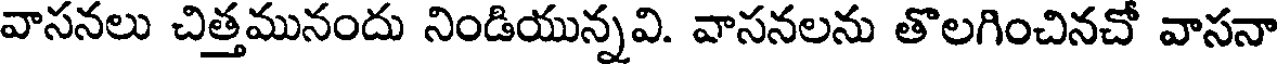
వాసనలు చిత్తమునందు నిండియున్నవి. వాసనలను తొలగించినచో వాసనా